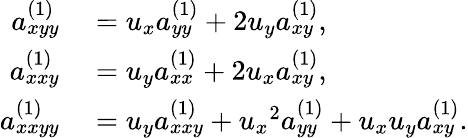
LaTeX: \begin{array}{rl}{a_{xyy}^{(1)}}&{{}=u_{x}a_{yy}^{(1)}+2u_{y}a_{xy}^{(1)},}\\ {a_{xxy}^{(1)}}&{{}=u_{y}a_{xx}^{(1)}+2u_{x}a_{xy}^{(1)},}\\ {a_{xxyy}^{(1)}}&{{}=u_{y}a_{xxy}^{(1)}+{u_{x}}^{2}a_{yy}^{(1)}+u_{x}u_{y}a_{xy}^{(1)}.}\end{array}